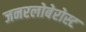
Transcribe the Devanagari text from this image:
जनरलोबेरोस्ट